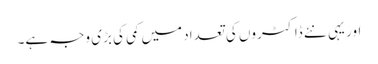
اور یہی نئے ڈاکٹروں کی تعداد میں کمی کی بڑی وجہ ہے۔